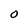
Character: 0